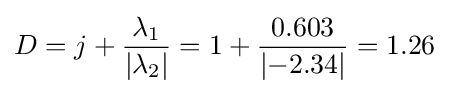
D=j+{\frac {\lambda _{1}}{|\lambda _{2}|}}=1+{\frac {0.603}{|{-2.34}|}}=1.26